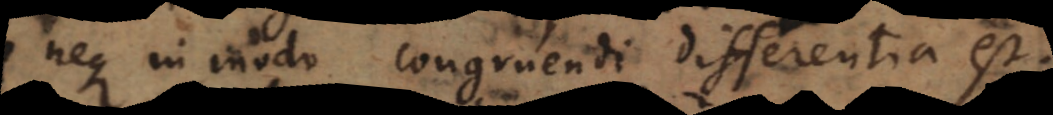
neque in modo congruendi differentia est.